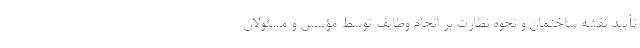
تأیید نقشه ساختمان و نحوه نطارت بر انجام وظایف توسط مؤسس و مسئولان